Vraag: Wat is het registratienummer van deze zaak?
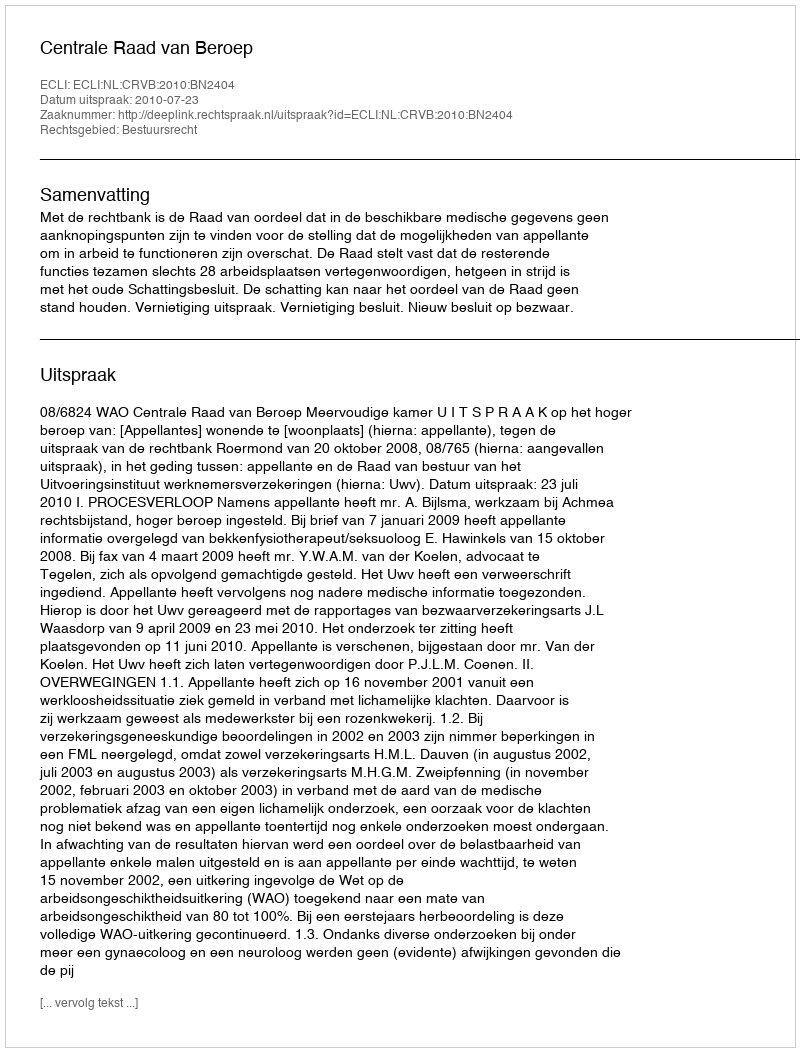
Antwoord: http://deeplink.rechtspraak.nl/uitspraak?id=ECLI:NL:CRVB:2010:BN2404